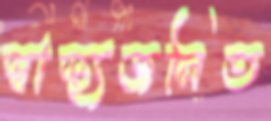
স্বাস্থ্যজনিত